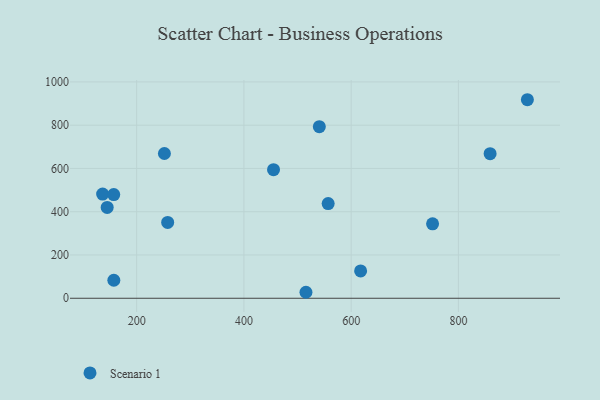
{"axis": {"x": "Experience", "y": "Rating"}, "legend": ["Scenario 1"], "data": [{"x": "751.8", "y": 344.1, "type": "Scenario 1"}, {"x": "540.6", "y": 793.0, "type": "Scenario 1"}, {"x": "145.0", "y": 419.7, "type": "Scenario 1"}, {"x": "157.4", "y": 83.1, "type": "Scenario 1"}, {"x": "136.5", "y": 481.6, "type": "Scenario 1"}, {"x": "859.1", "y": 668.3, "type": "Scenario 1"}, {"x": "455.2", "y": 594.5, "type": "Scenario 1"}, {"x": "251.7", "y": 669.1, "type": "Scenario 1"}, {"x": "557.1", "y": 437.7, "type": "Scenario 1"}, {"x": "617.6", "y": 126.5, "type": "Scenario 1"}, {"x": "157.2", "y": 479.2, "type": "Scenario 1"}, {"x": "257.8", "y": 350.6, "type": "Scenario 1"}, {"x": "928.6", "y": 917.7, "type": "Scenario 1"}, {"x": "515.7", "y": 27.6, "type": "Scenario 1"}]}